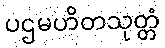
ပဌမဟိတသုတ္တံ